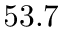
5 3 . 7